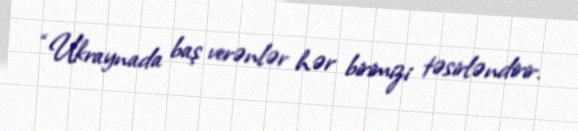
“Ukraynada baş verənlər hər birimizi təsirləndirir.